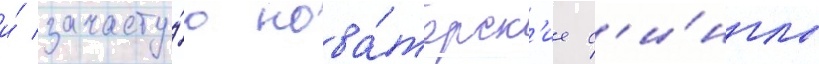
и́ зачасту́ю нова́торск'ие с'и́нглы